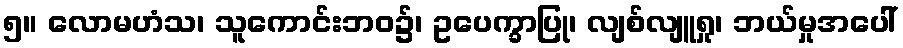
၅။ လောမဟံသ၊ သူကောင်းဘဝ၌၊ ဥပေက္ခာပြု၊ လျစ်လျူရှု၊ ဘယ်မှုအပေါ်